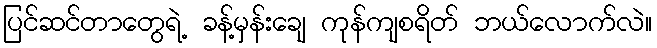
ပြင်ဆင်တာတွေရဲ့ ခန့်မှန်းချေ ကုန်ကျစရိတ် ဘယ်လောက်လဲ။